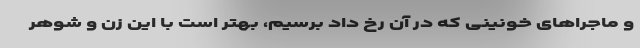
و ماجراهای خونینی که در آن رخ داد برسیم، بهتر است با این زن و شوهر